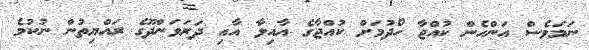
ނަމަވެސް އަންހެން ކުއްޖާ ހޯދުމަށް ކުއްޖާގެ އާއިލާ އާއި ދަރަވަންދޫގެ ރައްޔިތުން ނުކުމެ